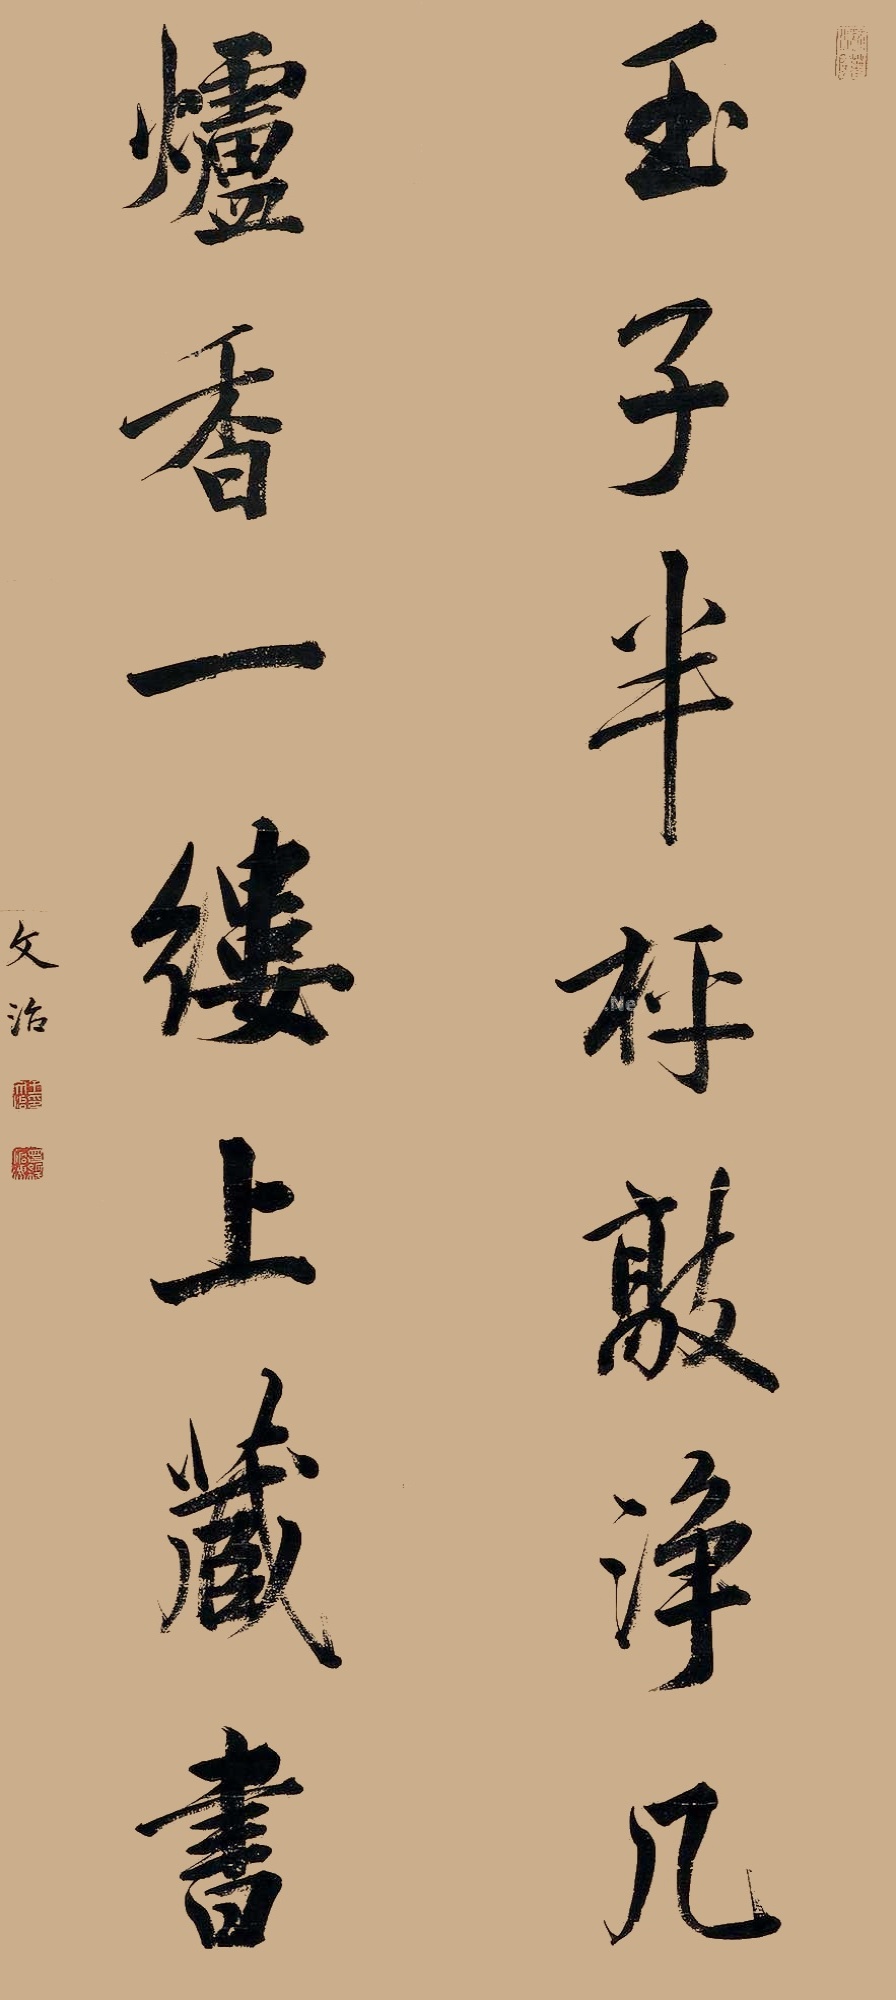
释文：玉子半枰敲净几，炉香一缕上藏书。文治。